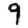
Digit: 9